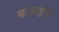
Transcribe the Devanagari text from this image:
कळहम